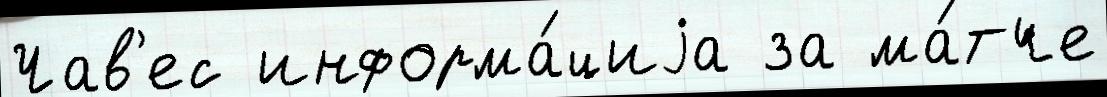
Чав'ес информа́циjа за ма́тче